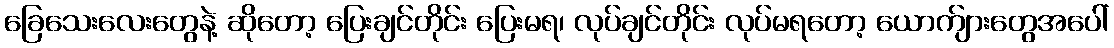
ခြေသေးလေးတွေနဲ့ ဆိုတော့ ပြေးချင်တိုင်း ပြေးမရ၊ လုပ်ချင်တိုင်း လုပ်မရတော့ ယောက်ျားတွေအပေါ်